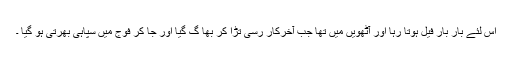
اس لئے بار بار فیل ہوتا رہا اور آٹھویں میں تھا جب آخرکار رسی تڑا کر بھا گ گیا اور جا کر فوج میں سپاہی بھرتی ہو گیا ۔